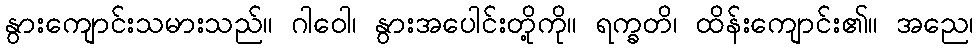
နွားကျောင်းသမားသည်။ ဂါဝေါ၊ နွားအပေါင်းတို့ကို။ ရက္ခတိ၊ ထိန်းကျောင်း၏။ အညေ၊